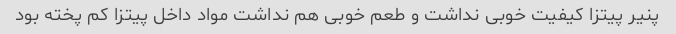
پنیر پیتزا کیفیت خوبی نداشت و طعم خوبی هم نداشت مواد داخل پیتزا کم پخته بود